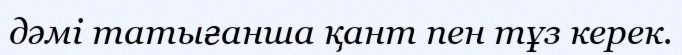
дәмі татығанша қант пен тұз керек.